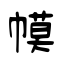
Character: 幙